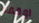
اوقفه